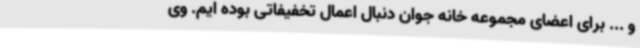
و ... برای اعضای مجموعه خانه جوان دنبال اعمال تخفیفاتی بوده ایم. وی